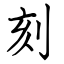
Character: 刻